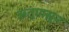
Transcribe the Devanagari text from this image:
ऋतूपासून